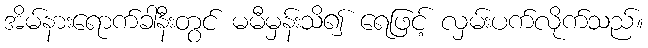
အိမ်နားရောက်ခါနီးတွင် မမီမှန်းသိ၍ ရေဖြင့် လှမ်းပက်လိုက်သည်။